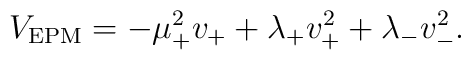
V_{\rm EPM} = - \mu_+^2 v_+ + \lambda_+ v_+^2 + \lambda_- v_-^2.